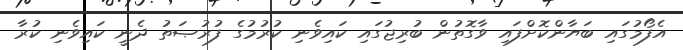
އެފޯމުގައި ބަޔާންކޮށްފައި ވާގޮތުން ބުރިޖުގައި ކައިވެނި ކުރުމުގެ ފުރުޞަތު ދެނީ ކައިވެނި ކުރާ